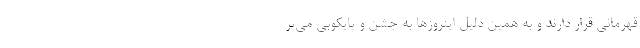
قهرمانی قرار دارند و به همین دلیل اینروزها به جشن و پایکوبی می‌پر